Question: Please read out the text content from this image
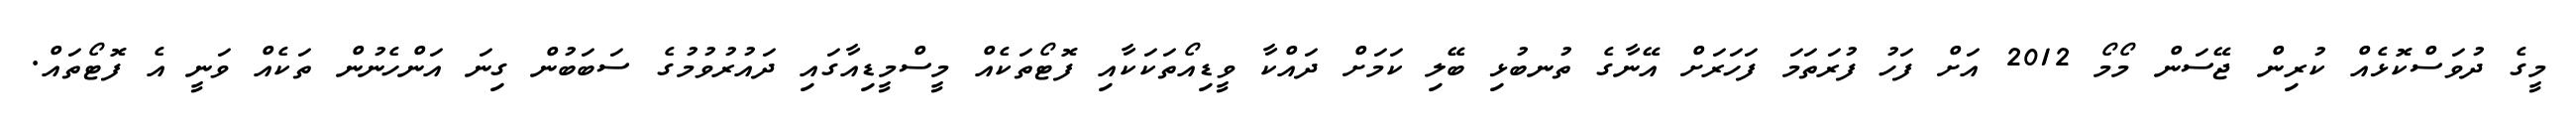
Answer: މީގެ ދުވަސްކޮޅެއް ކުރިން ޖޭސަން މޯމޯ 2012 އަށް ފަހު ފުރަތަމަ ފަހަރަށް އޭނާގެ ތުނބުޅި ބޭލި ކަމަށް ދައްކާ ވީޑިއޯތަކަކާއި ފޮޓޯތަކެއް މީސްމީޑިއާގައި ދައުރުވުމުގެ ސަބަބުން ގިނަ އަންހެނުން ތަކެއް ވަނީ އެ ފޮޓޯތައް.